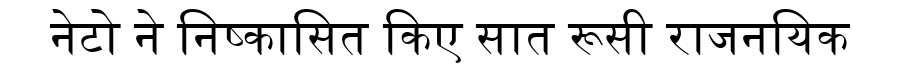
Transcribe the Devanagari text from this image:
नेटो ने निष्कासित किए सात रूसी राजनयिक